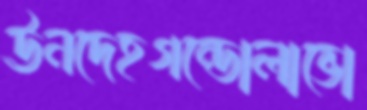
ঊনদেহগন্ডোলাভো